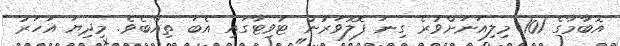
އޮބާމާގެ 101 މިލިއަނަށްވުރެ ގިނަ ފޮލޮވަރުން ޓުވިޓާގައި އެބަ ތިއްބެވެ. މިދިޔަ އަހަރު